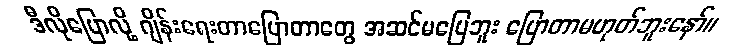
ဒီလိုပြောလို့ ဂျိန်းရေးတာပြောတာတွေ အဆင်မပြေဘူး ပြောတာမဟုတ်ဘူးနော်။